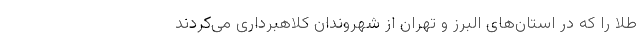
طلا را که در استان‌های البرز و تهران از شهروندان کلاهبرداری می‌کردند